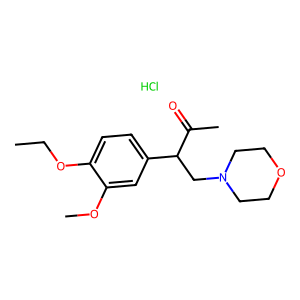
SMILES: CCOc1ccc(C(CN2CCOCC2)C(C)=O)cc1OC.Cl
Inhibits HIV replication: No